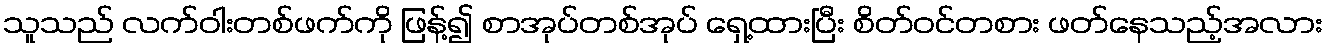
သူသည် လက်ဝါးတစ်ဖက်ကို ဖြန့်၍ စာအုပ်တစ်အုပ် ရှေ့ထားပြီး စိတ်ဝင်တစား ဖတ်နေသည့်အလား